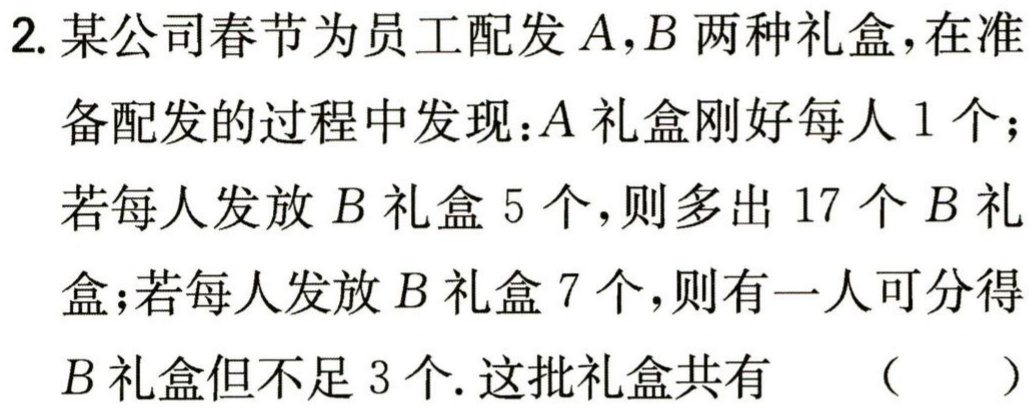
2. 某公司春节为员工配发\(A,B\)两种礼盒，在准

备配发的过程中发现：\(A\)礼盒刚好每人\(1\)个；

若每人发放\(B\)礼盒\(5\)个，则多出\(17\)个\(B\)礼

盒；若每人发放\(B\)礼盒\(7\)个，则有一人可分得

\(B\)礼盒但不足\(3\)个. 这批礼盒共有 （  ）